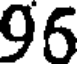
96